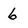
Character: 6